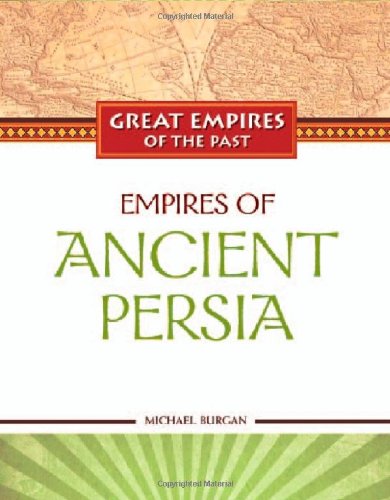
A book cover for Empires of Ancient Persia (Great Empires of the Past); Michael Burgan; Children's Books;